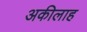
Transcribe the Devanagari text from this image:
अकीलाह